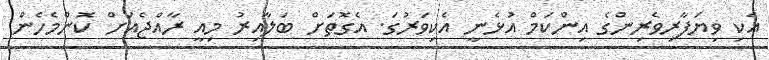
އެކި ވިޔަފާރިވެރިންގެ އިންކަމް އުޅެނީ އެކިވަރުގަ. އެގޮތަށް ބަލާއިރު މިއީ ރާއްޖެއަށް ކޮންމެހެން